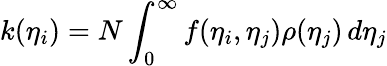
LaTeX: k(\eta_{i})=N\int_{0}^{\infty}f(\eta_{i},\eta_{j})\rho(\eta_{j})\, d\eta_{j}